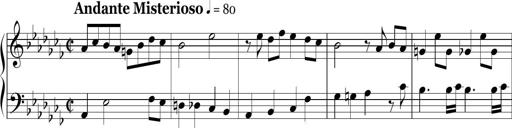
Title: Ten Piano Sonatinas
Composer: Andreas Sain